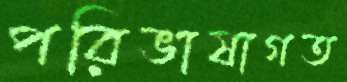
পরিভাষাগত